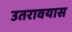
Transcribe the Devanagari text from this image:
उतरावयास